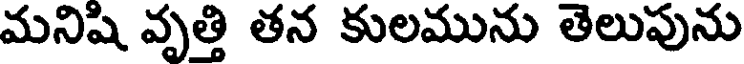
మనిషి వృత్తి తన కులమును తెలుపును